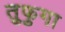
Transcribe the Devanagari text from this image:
तुफुगा